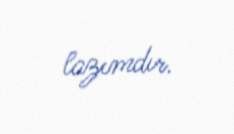
lazımdır.